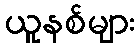
ယူနစ်များ